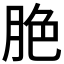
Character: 脃